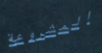
المشروعة